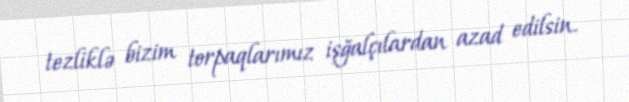
tezliklə bizim torpaqlarımız işğalçılardan azad edilsin.